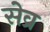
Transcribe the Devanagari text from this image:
सेव्र